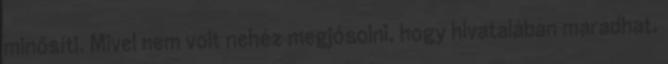
minősíti. Mivel nem volt nehéz megjósolni, hogy hivatalában maradhat,